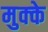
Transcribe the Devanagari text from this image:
मुक्‍के